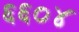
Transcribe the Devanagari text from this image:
६६०४